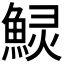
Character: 𱆲